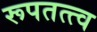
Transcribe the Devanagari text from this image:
रूपतत्त्व